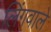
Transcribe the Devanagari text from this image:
लिंगवाले